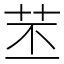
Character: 苤